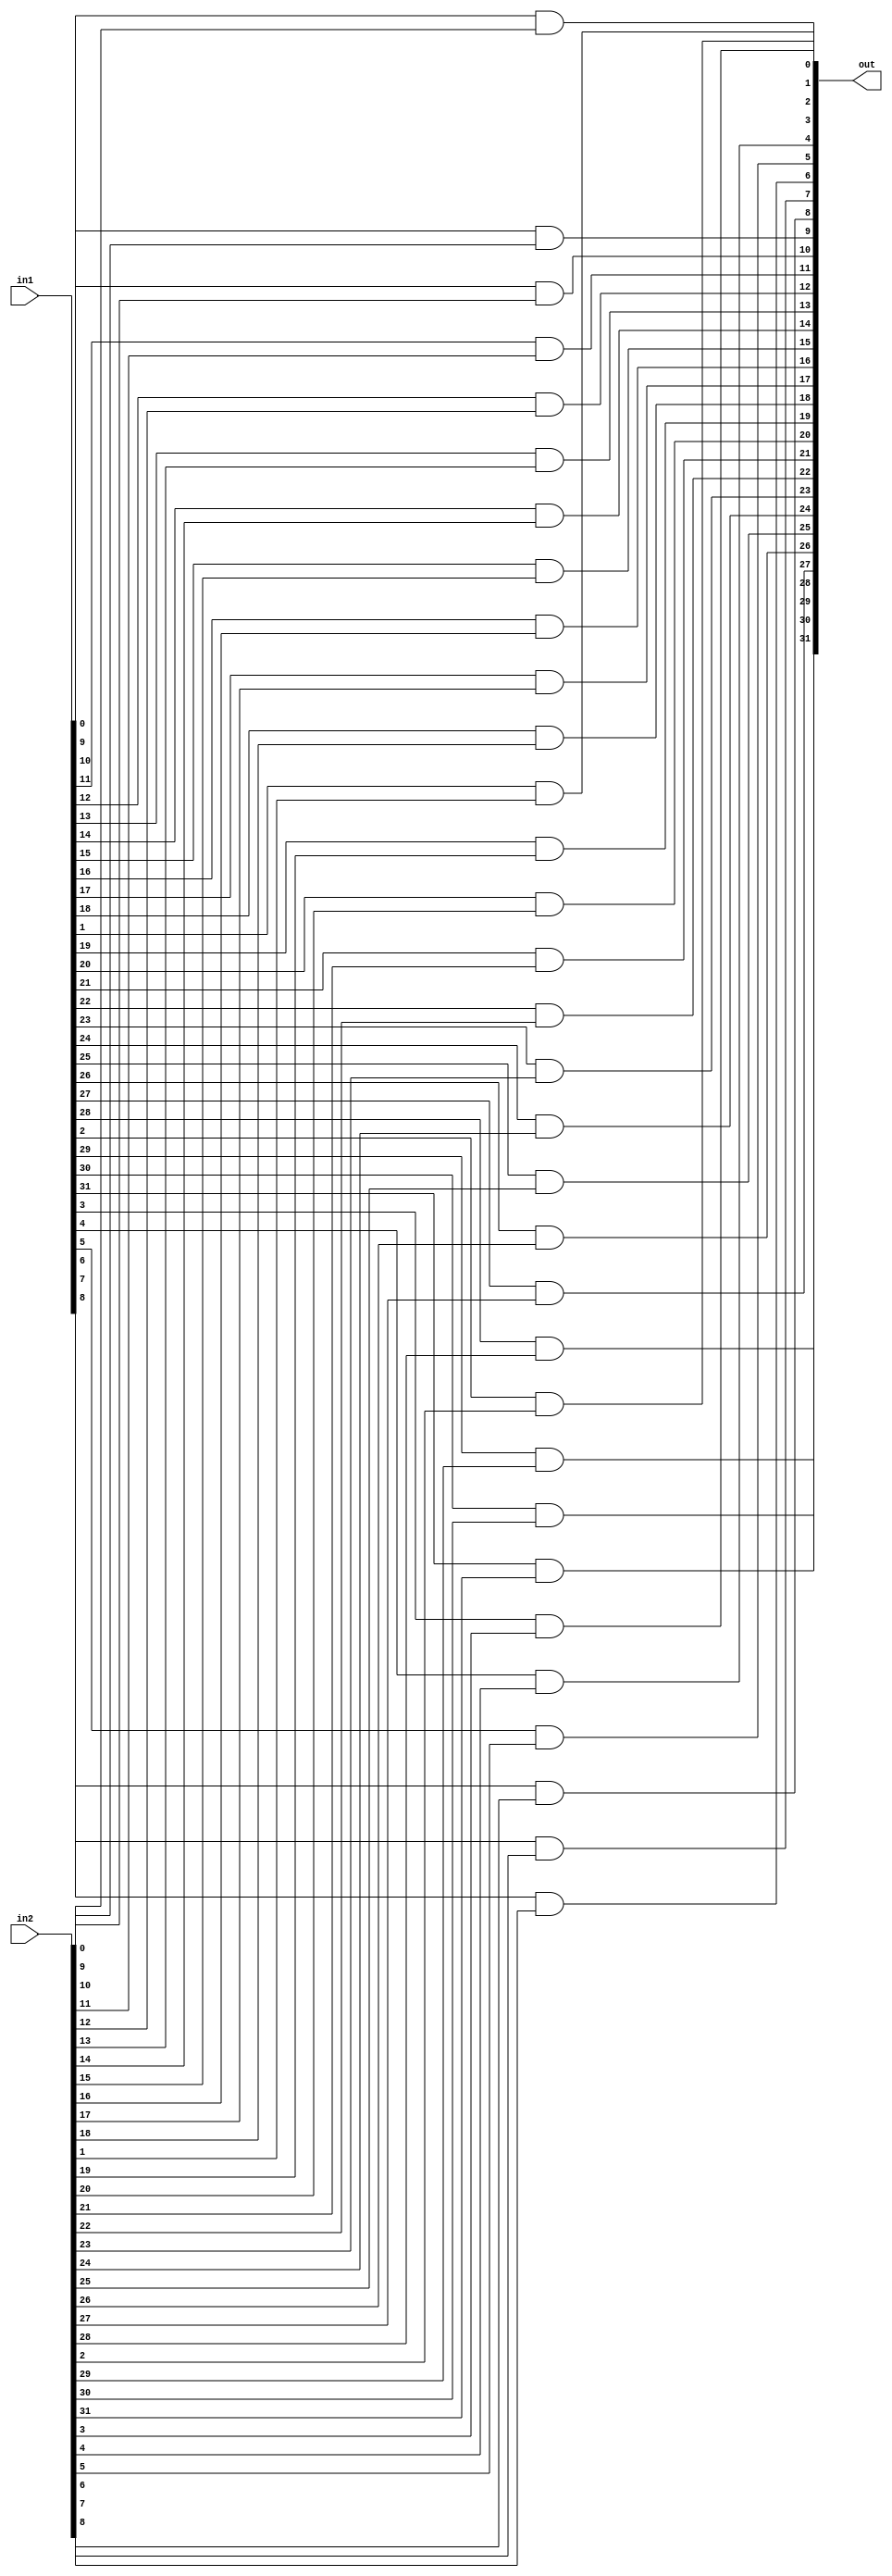
module operandAnd(in1,in2,out);
 
	input [31:0] in1;
	input [31:0] in2;
	output [31:0] out;
	
	genvar i;
	
	generate
		for(i = 0 ; i < 32 ; i = i + 1) begin : And
			and and_gate(out[i],in1[i],in2[i]);
		end
	endgenerate
	
endmodule